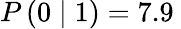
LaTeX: P\left(0\mid 1\right)=7.9\